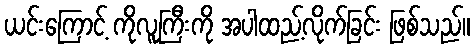
ယင်းကြောင့် ကိုလူကြီးကို အပါထည့်လိုက်ခြင်း ဖြစ်သည်။